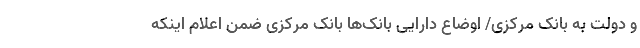
و دولت به بانک مرکزی/ اوضاع دارایی‌ بانک‌ها بانک مرکزی ضمن اعلام اینکه